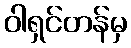
ဝါရှင်တန်မှ